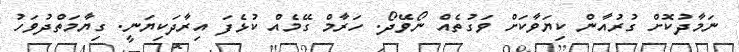
ނަމާދުކޮށް ގުރުއާން ކިޔަވާކަށް ވަގުތެއް ނޯވޭދޯ. ހަރާމް ގޭމެއް ކުޅެފަ އިރާދަކިޔަނީ. ގިޔާމަތްދުވަހު